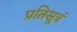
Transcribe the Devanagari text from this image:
प्रतिसूत्रं